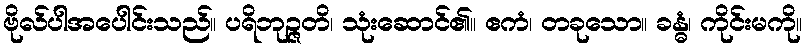
ဗိုလ်ပါအပေါင်းသည်။ ပရိဘုဉ္ဇတိ၊ သုံးဆောင်၏။ ဧကံ၊ တခုသော။ ခန္ဓံ၊ ကိုင်းမကို။